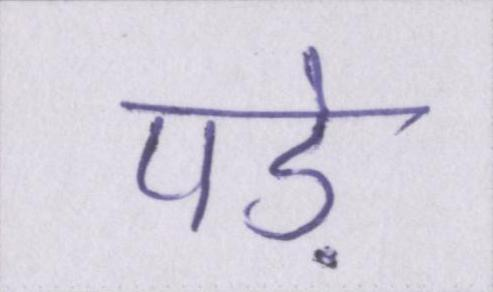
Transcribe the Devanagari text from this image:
पड़े